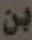
بن